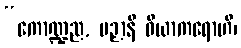
“ကောဏ္ဍည, ပဉှာနိ ဝိယာကရောဟိ၊